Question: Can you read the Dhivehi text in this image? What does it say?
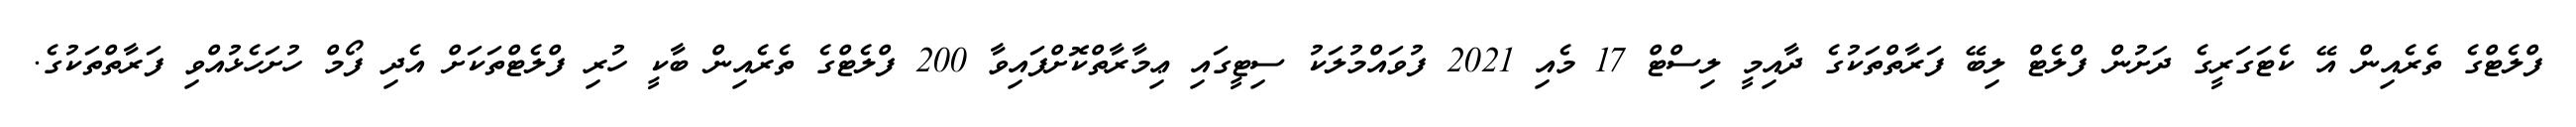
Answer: ފްލެޓްގެ ތެރެއިން އޭ ކެޓަގަރީގެ ދަށުން ފްލެޓް ލިބޭ ފަރާތްތަކުގެ ދާއިމީ ލިސްޓް 17 މެއި 2021 ފުވައްމުލަކު ސިޓީގައި ޢިމާރާތްކޮށްފައިވާ 200 ފްލެޓްގެ ތެރެއިން ބާކީ ހުރި ފްލެޓްތަކަށް އެދި ފޯމް ހުށަހެޅުއްވި ފަރާތްތަކުގެ.